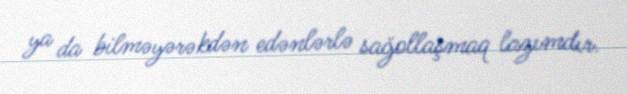
ya da bilməyərəkdən edənlərlə sağollaşmaq lazımdır.